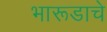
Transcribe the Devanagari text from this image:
भारूडाचे